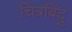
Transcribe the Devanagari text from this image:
चित्रबिंदु